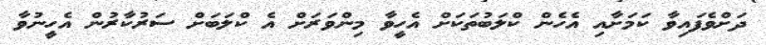
ދަށްވެފައިވާ ކަމަށާއި އެހެން ކްލަބުތަކަށް އެހީވާ މިންވަރަށް އެ ކްލަބަށް ސަރުކާރުން އެހީނުވާ